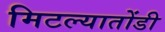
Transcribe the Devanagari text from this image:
मिटल्यातोंडी